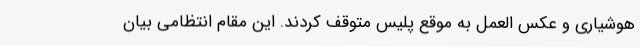
هوشیاری و عکس العمل به موقع پلیس متوقف کردند. این مقام انتظامی بیان